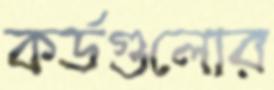
কর্ডগুলোর